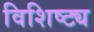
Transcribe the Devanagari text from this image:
विशिष्ट्य